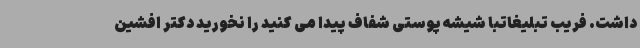
داشت. فریب تبلیغاتبا شیشه پوستی شفاف پیدا می کنید را نخورید دکتر افشین